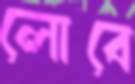
লোবে